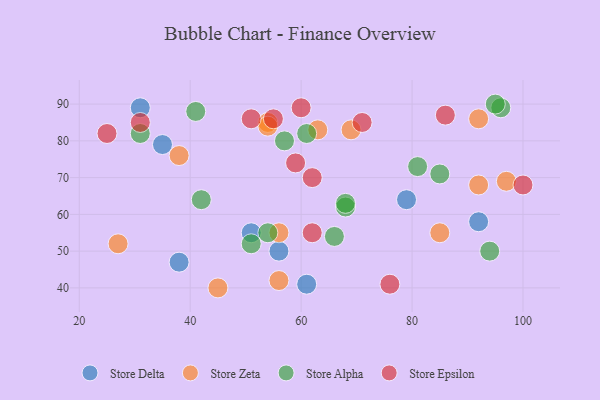
{"axis": {"x": "GDP", "y": "Life Expectancy"}, "legend": ["Store Alpha", "Store Delta", "Store Epsilon", "Store Zeta"], "data": [{"x": "51", "y": 55, "type": "Store Delta"}, {"x": "35", "y": 79, "type": "Store Delta"}, {"x": "38", "y": 47, "type": "Store Delta"}, {"x": "31", "y": 89, "type": "Store Delta"}, {"x": "79", "y": 64, "type": "Store Delta"}, {"x": "56", "y": 50, "type": "Store Delta"}, {"x": "92", "y": 58, "type": "Store Delta"}, {"x": "61", "y": 41, "type": "Store Delta"}, {"x": "69", "y": 83, "type": "Store Zeta"}, {"x": "45", "y": 40, "type": "Store Zeta"}, {"x": "54", "y": 85, "type": "Store Zeta"}, {"x": "38", "y": 76, "type": "Store Zeta"}, {"x": "92", "y": 68, "type": "Store Zeta"}, {"x": "56", "y": 42, "type": "Store Zeta"}, {"x": "54", "y": 84, "type": "Store Zeta"}, {"x": "63", "y": 83, "type": "Store Zeta"}, {"x": "85", "y": 55, "type": "Store Zeta"}, {"x": "92", "y": 86, "type": "Store Zeta"}, {"x": "56", "y": 55, "type": "Store Zeta"}, {"x": "27", "y": 52, "type": "Store Zeta"}, {"x": "97", "y": 69, "type": "Store Zeta"}, {"x": "81", "y": 73, "type": "Store Alpha"}, {"x": "31", "y": 82, "type": "Store Alpha"}, {"x": "94", "y": 50, "type": "Store Alpha"}, {"x": "68", "y": 62, "type": "Store Alpha"}, {"x": "68", "y": 63, "type": "Store Alpha"}, {"x": "66", "y": 54, "type": "Store Alpha"}, {"x": "41", "y": 88, "type": "Store Alpha"}, {"x": "57", "y": 80, "type": "Store Alpha"}, {"x": "61", "y": 82, "type": "Store Alpha"}, {"x": "54", "y": 55, "type": "Store Alpha"}, {"x": "51", "y": 52, "type": "Store Alpha"}, {"x": "96", "y": 89, "type": "Store Alpha"}, {"x": "95", "y": 90, "type": "Store Alpha"}, {"x": "42", "y": 64, "type": "Store Alpha"}, {"x": "85", "y": 71, "type": "Store Alpha"}, {"x": "71", "y": 85, "type": "Store Epsilon"}, {"x": "100", "y": 68, "type": "Store Epsilon"}, {"x": "62", "y": 70, "type": "Store Epsilon"}, {"x": "51", "y": 86, "type": "Store Epsilon"}, {"x": "60", "y": 89, "type": "Store Epsilon"}, {"x": "59", "y": 74, "type": "Store Epsilon"}, {"x": "31", "y": 85, "type": "Store Epsilon"}, {"x": "25", "y": 82, "type": "Store Epsilon"}, {"x": "55", "y": 86, "type": "Store Epsilon"}, {"x": "76", "y": 41, "type": "Store Epsilon"}, {"x": "62", "y": 55, "type": "Store Epsilon"}, {"x": "86", "y": 87, "type": "Store Epsilon"}]}